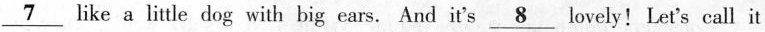
\underline{7}like a little dog with big ears. And it's \underline{8} lovely!Let's call it